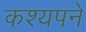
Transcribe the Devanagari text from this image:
कश्यपने